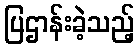
ပြဌာန်းခဲ့သည့်